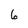
Character: 6